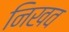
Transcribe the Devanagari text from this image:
निखव